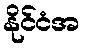
နိုင်ငံအ